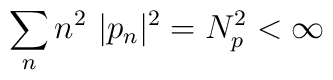
\sum_{n } n^{2} ~|p_{n}|^{2} = N_{p}^{2} < \infty